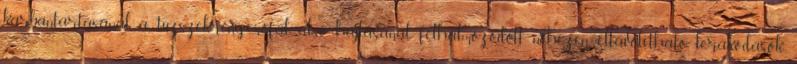
karbantartásánál a tűzszekrény-csőfal alsó hajlásánál felhalmozódott, nehezen eltávolítható lerakódások